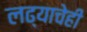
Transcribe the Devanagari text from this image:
लढ्याचेही